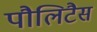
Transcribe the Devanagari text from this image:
पौलिटैस